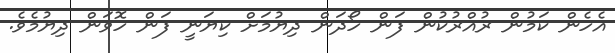
އެހެން ކަމުން ރުއްރުކުން ފަން ހޯދަން ދިޔުމަށް ކިޔަނީ ފަން ހޮވަން ދިޔުމެވެ.